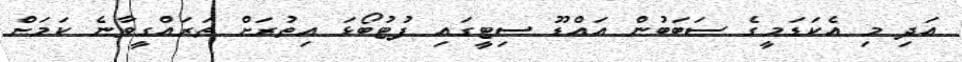
އަދި މި އެކަޑަމީގެ ސަބަބުން އައްޑޫ ސިޓީގައި ފުޓުބޯޅަ އިތުރަށް ތަރައްގީވާނެ ކަމަށް